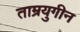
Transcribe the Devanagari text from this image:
ताम्रयुगीन